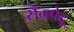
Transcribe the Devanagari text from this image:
सैनपेद्रू